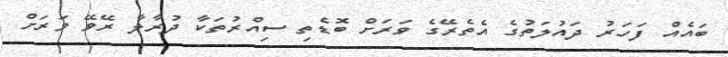
ބައެއް ފަހަރު ދައުލަތުގެ އެތެރޭގެ ވަރަށް ބޮޑެތި ސިއްރުތަކާ ދުރާލާ ރޭވޭ ވަރަށް